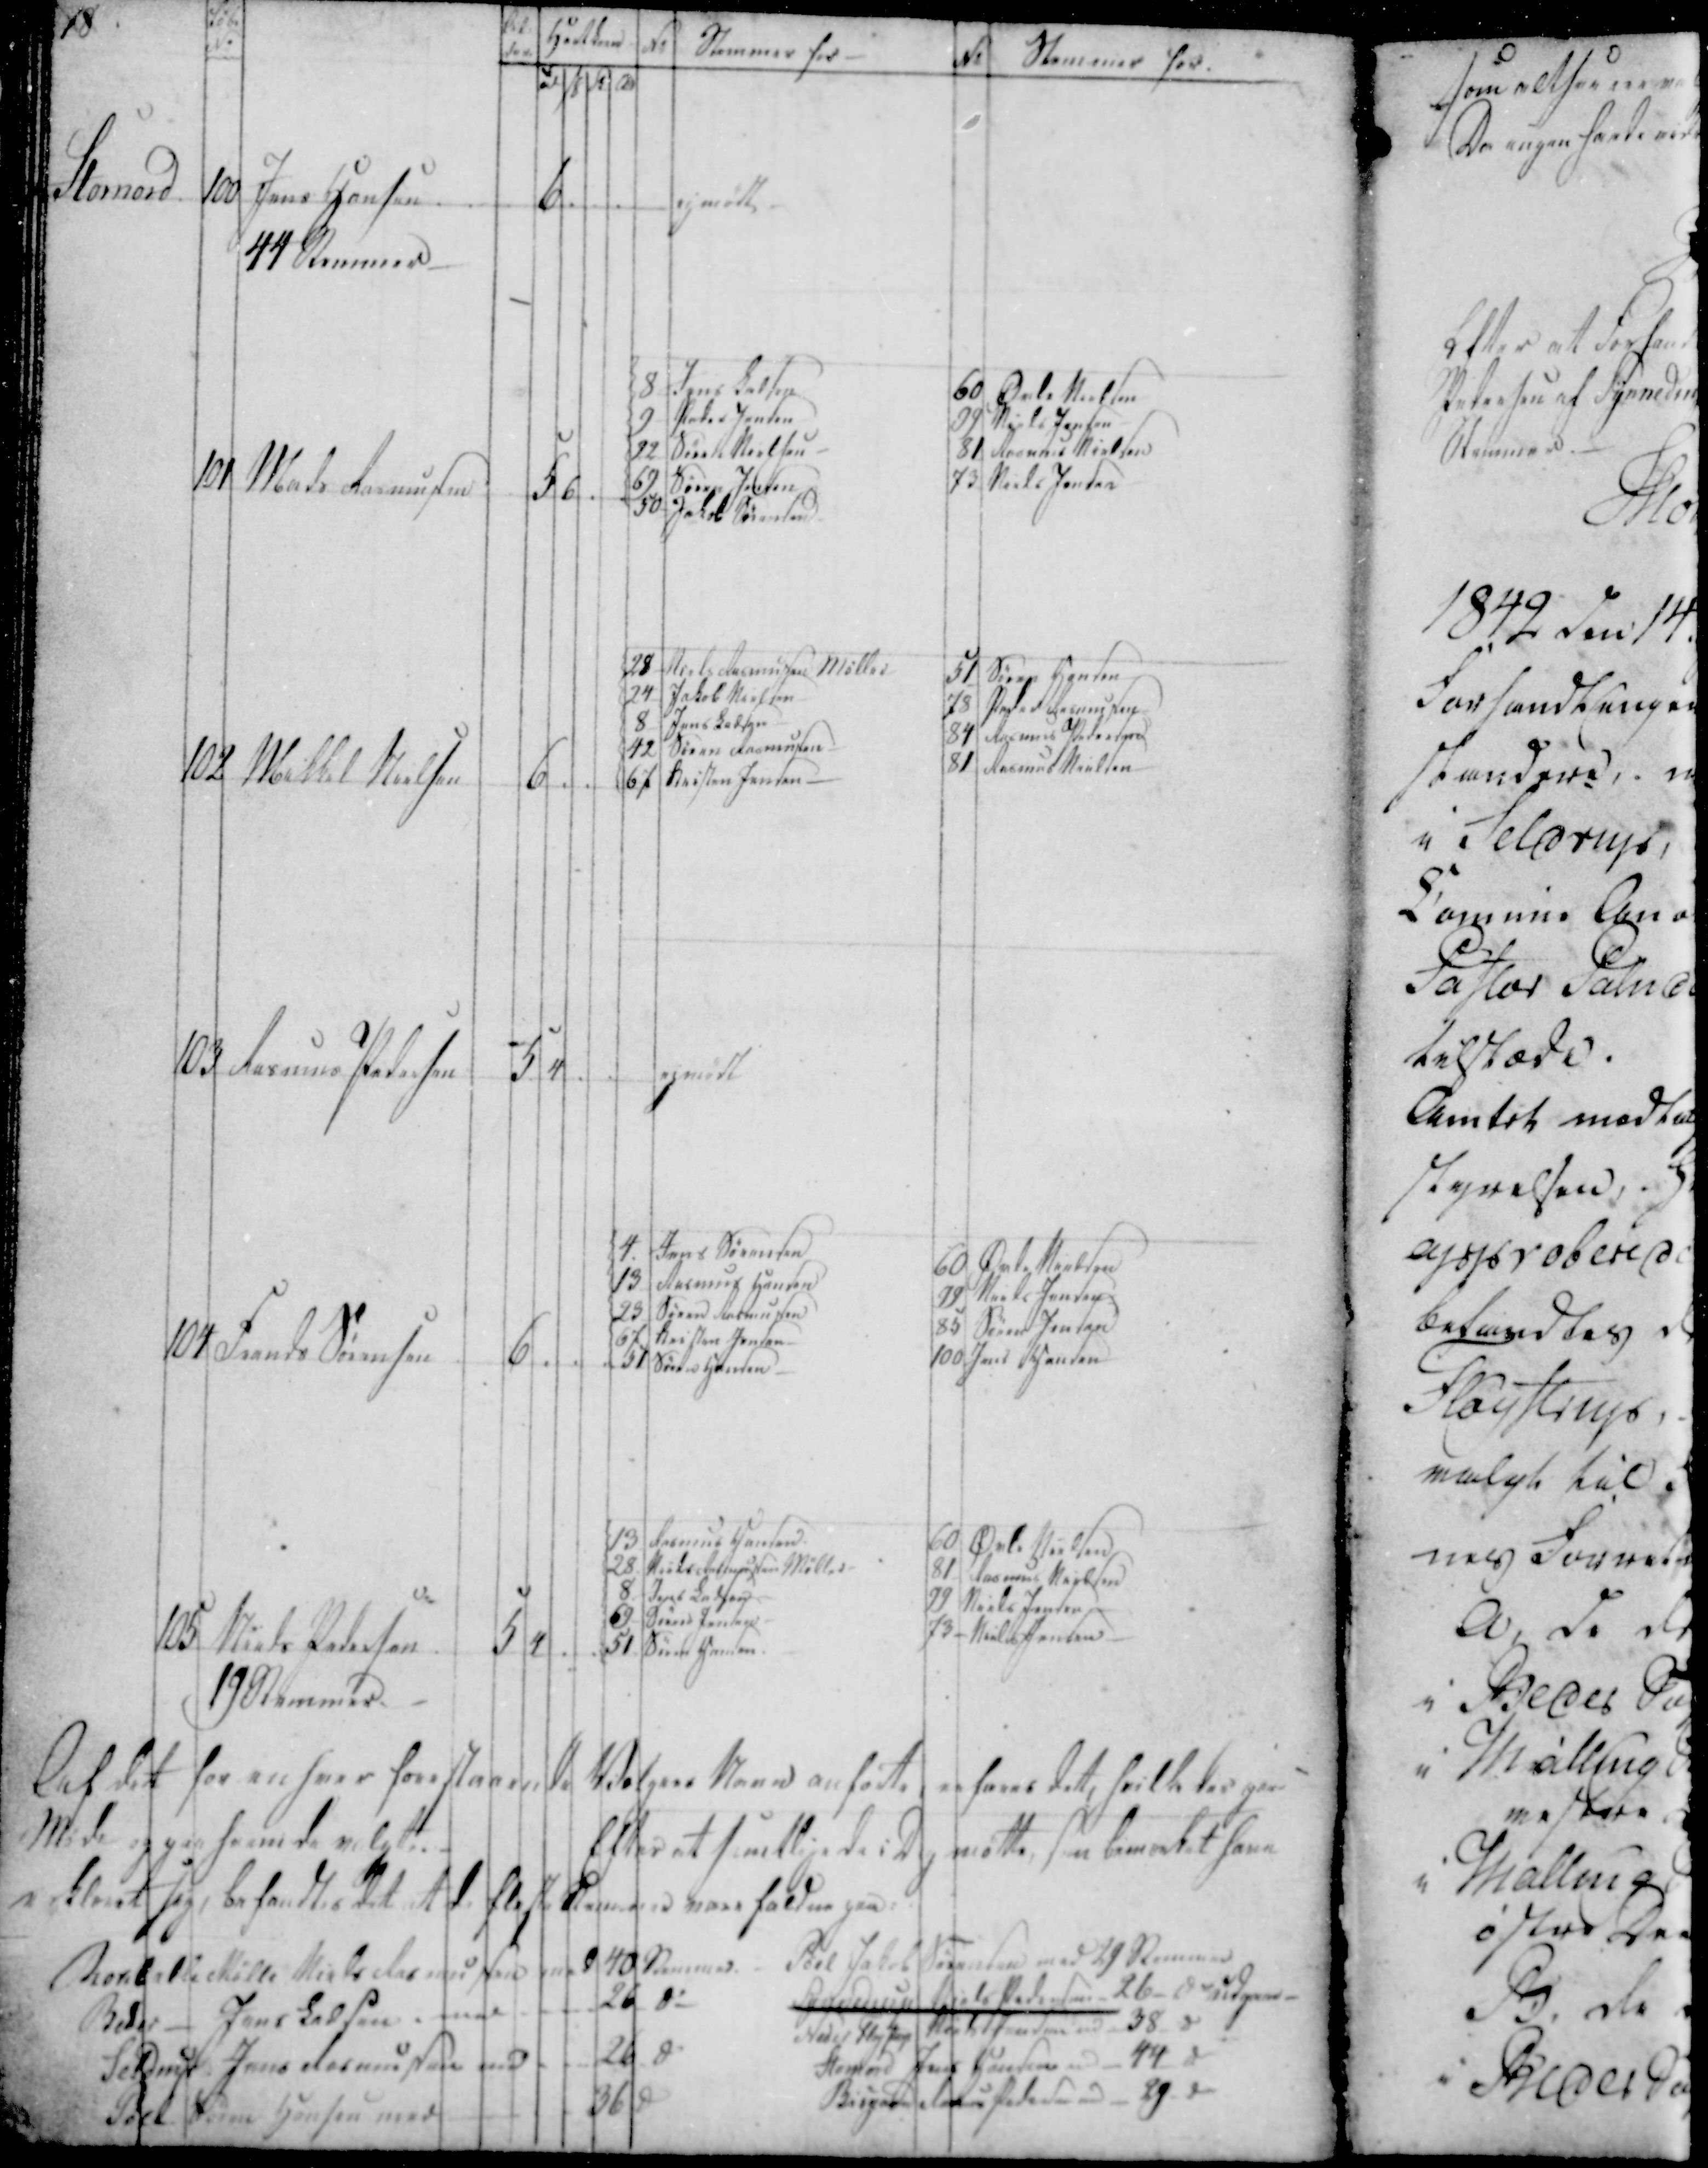
Transskription:
Daf det for enhver forestaaende Vælgere Mand anførte, anføres det, hvilke der paa
Møde og paa hvem da valgte.
Efter at samtlige dee i Dag møtte, som bemerket have
erkleret sig, behandles det at de fleste Stemmer vare falden paa:

Rokballe Mølle Niels Rasmussen med 40 Stemmer
Beder _ Jens Ladsen i med
26 S.
Seldrup Jens Rasmussen med
26 S.
Pøel Søren Hansen med
36 S

Pøel Jakob Sørensen med 29 Stemmer
Synnedrup Niels Pedersen 26- 0 udgaa
Neder Fløystrup Niels Jensen med 38 s
Stornord Jens Hansen med 44 s
Bisgaard Rasmus Pedersen med 29 s